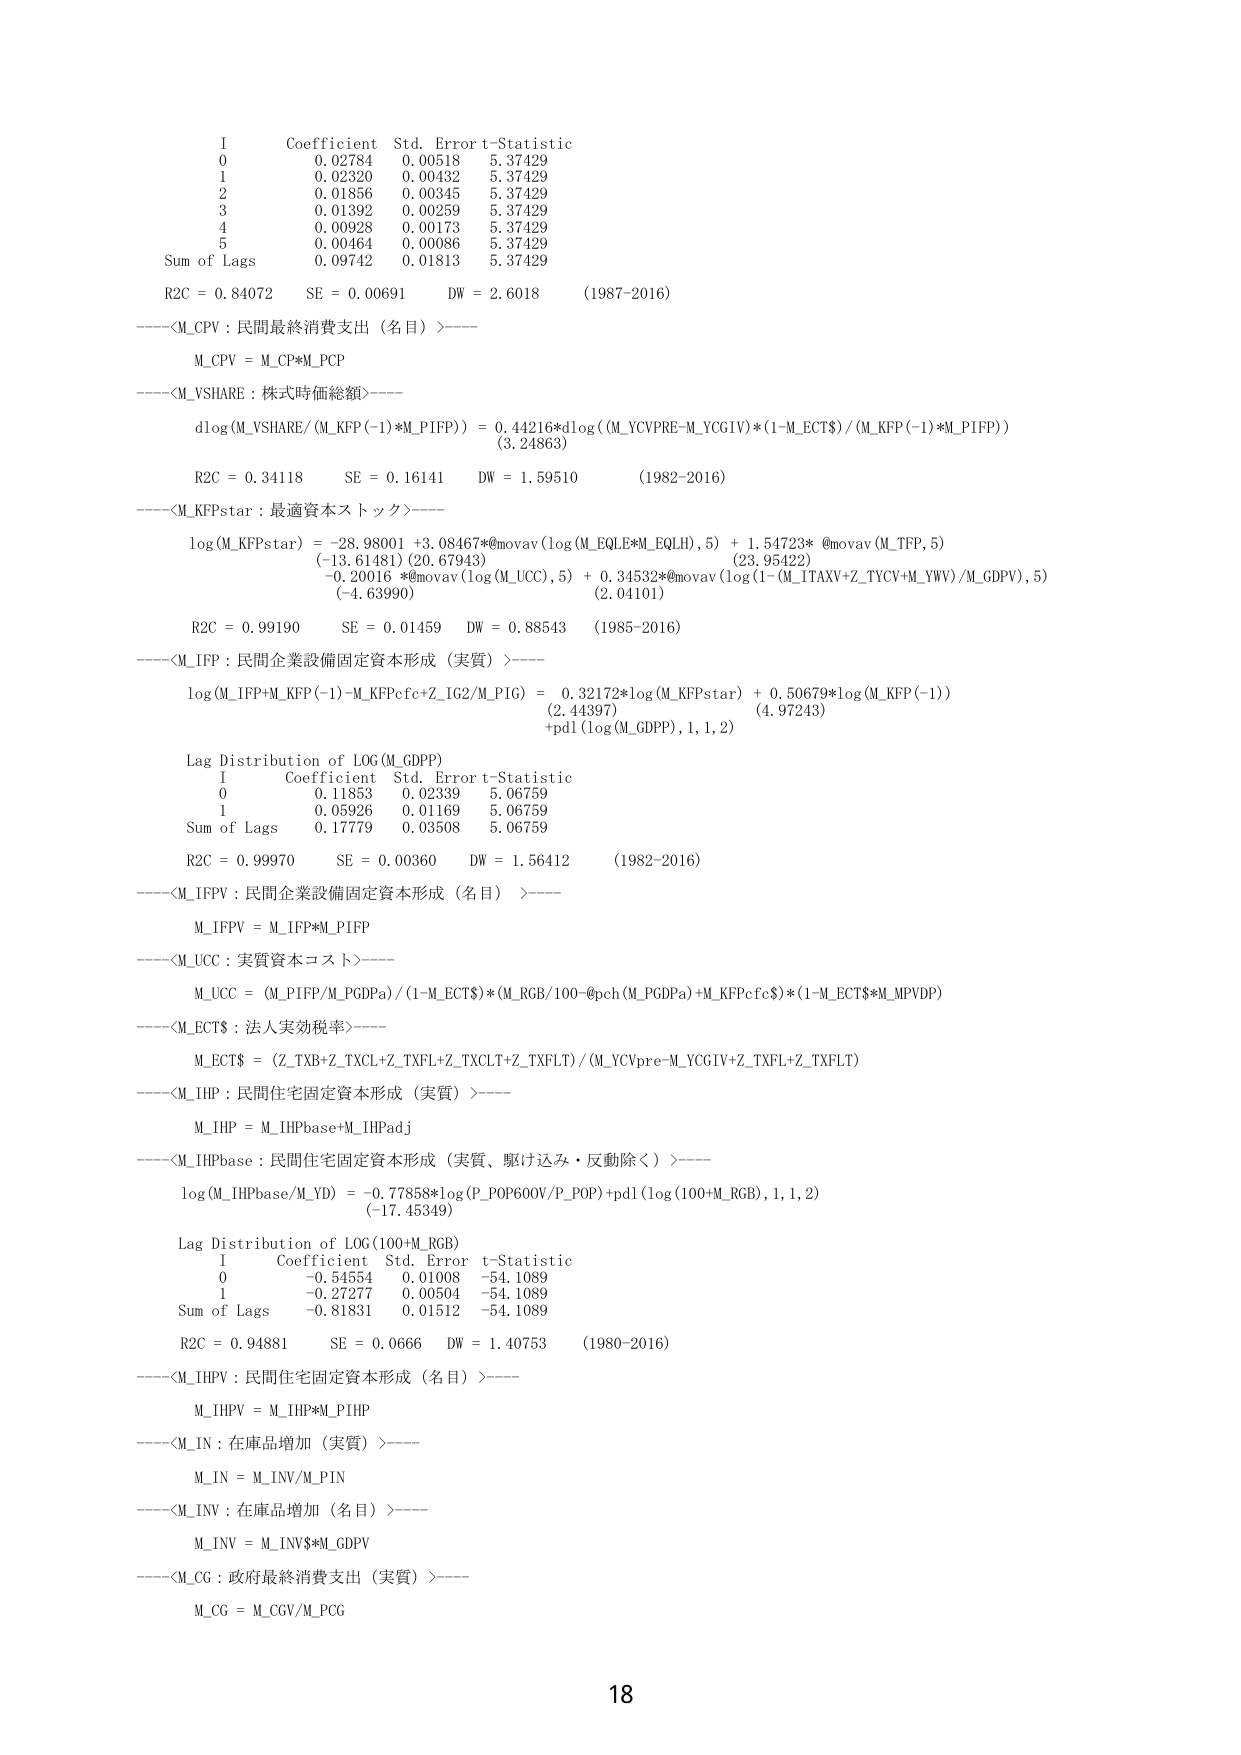
I    Coefficient    Std. Error    t-Statistic
0    0.02784        0.00518       5.37429
1    0.02320        0.00432       5.37429
2    0.01856        0.00345       5.37429
3    0.01392        0.00259       5.37429
4    0.00928        0.00173       5.37429
5    0.00464        0.00086       5.37429
Sum of Lags    0.09742        0.01813       5.37429
R2C = 0.84072    SE = 0.00691    DW = 2.6018    (1987-2016)
----<M_CPV : 民間最終消費支出（名目）>----
M_CPV = M_CP*M_PCP
----<M_YSHARE : 株式時価総額>----
dlog(M_YSHARE/(M_KFP(-1)*M_PIFP)) = 0.44216*dlog((M_YCVPRE-M_YCGIV)*(1-M_ECTS)/(M_KFP(-1)*M_PIFP))
(3.24863)
R2C = 0.34118    SE = 0.16141    DW = 1.59510    (1982-2016)
----<M_KFPstar : 最適資本ストック>----
log(M_KFPstar) = -28.98001 +3.08467*@movav(log(M_EQLE*M_EQLI),5) + 1.54723* @movav(M_TFP,5)
(-13.61481) (20.67943)                    (23.95422)
-0.20016 *@movav(log(M_UCC),5) + 0.34532*@movav(log(1-(M_ITAXV+Z_TYCV+M_YWV)/M_GDPV),5)
(-4.63990)                    (2.04101)
R2C = 0.99190    SE = 0.01459    DW = 0.88543    (1985-2016)
----<M_IFP : 民間企業設備固定資本形成（実質）>----
log(M_IFP+M_KFP(-1)-M_KFPcfc+Z_IG2/M_PIG) = 0.32172*log(M_KFPstar) + 0.50679*log(M_KFP(-1))
(2.44397)                    (4.97243)
+pd1(log(M_GDPP),1,1,2)
Lag Distribution of LOG(M_GDPP)
I    Coefficient    Std. Error    t-Statistic
0    0.11853        0.02339       5.06759
1    0.05926        0.01169       5.06759
Sum of Lags    0.17779        0.03508       5.06759
R2C = 0.99970    SE = 0.00360    DW = 1.56412    (1982-2016)
----<M_IFPV : 民間企業設備固定資本形成（名目）>----
M_IFPV = M_IFP*M_PIFP
----<M_UCC : 実質資本コスト>----
M_UCC = (M_PIFP/M_PGDPa)/(1-M_ECTS)*(M_RGB/100-@pch(M_PGDPa)+M_KFPcfc$)*(1-M_ECTS*M_MPVDP)
----<M_ECTS : 法人実効税率>----
M_ECTS = (Z_TXB+Z_TXCL+Z_TXFL+Z_TXCLT+Z_TXFLT)/(M_YCVpre-M_YCGIV+Z_TXFL+Z_TXFLT)
----<M_IHP : 民間住宅固定資本形成（実質）>----
M_IHP = M_IHPbase+M_IHPadj
----<M_IHPbase : 民間住宅固定資本形成（実質、駆け込み・反動除く）>----
log(M_IHPbase/M_YD) = -0.77858*log(P_POP600V/P_POP)+pd1(log(100+M_RGB),1,1,2)
(-17.45349)
Lag Distribution of LOG(100+M_RGB)
I    Coefficient    Std. Error    t-Statistic
0    -0.54554       0.01008       -54.1089
1    -0.27277       0.00504       -54.1089
Sum of Lags    -0.81831       0.01512       -54.1089
R2C = 0.94881    SE = 0.0666    DW = 1.40753    (1980-2016)
----<M_IHPV : 民間住宅固定資本形成（名目）>----
M_IHPV = M_IHP*M_PIHP
----<M_IN : 在庫品増加（実質）>----
M_IN = M_INV/M_PIN
----<M_INV : 在庫品増加（名目）>----
M_INV = M_INV$*M_GDPV
----<M_CG : 政府最終消費支出（実質）>----
M_CG = M_CGV/M_PCG
18